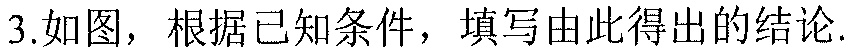
3.如图，根据已知条件，填写由此得出的结论.